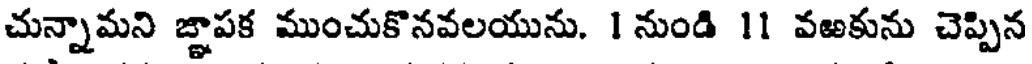
చున్నామని జ్ఞాపక ముంచుకొనవలయును. 1 నుండి 11 వఱకును చెప్పిన